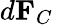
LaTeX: d\mathbf{F}_{C}\,